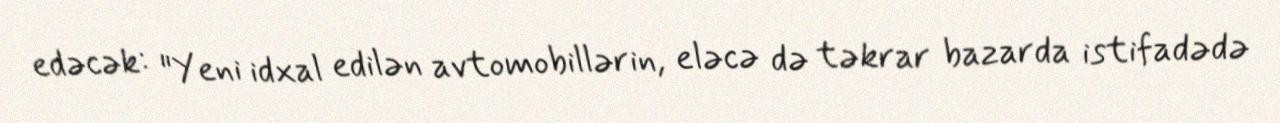
edəcək: "Yeni idxal edilən avtomobillərin, eləcə də təkrar bazarda istifadədə